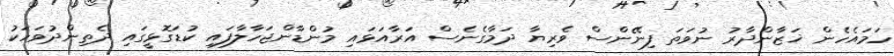
ހަމައެހެން ޚަޒާންދާރު ނުވަތަ ފިނޭންސް ވެރިޔާ ދަމާގެނެސް އަރާއަޅައި މުންޑާންޖަހާލާފައި ކުޑަގޮޅީގައި ދެތިންދުވަހަކު